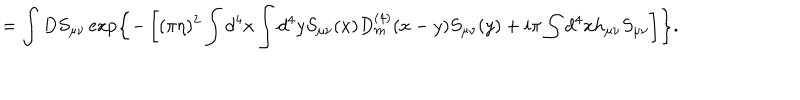
= \int D S _ { \mu \nu } \exp \left\{ - \left[ ( \pi \eta ) ^ { 2 } \int d ^ { 4 } x \int d ^ { 4 } y S _ { \mu \nu } ( x ) D _ { m } ^ { ( 4 ) } ( x - y ) S _ { \mu \nu } ( y ) + i \pi \int d ^ { 4 } x h _ { \mu \nu } S _ { \mu \nu } \right] \right\} .